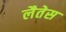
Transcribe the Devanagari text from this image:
लैतेस